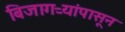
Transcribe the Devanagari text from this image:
बिजागऱ्यांपासून